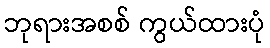
ဘုရားအစစ် ကွယ်ထားပုံ